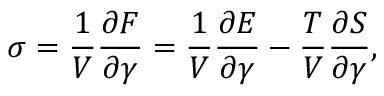
\sigma = \frac { 1 } { V } \frac { \partial F } { \partial \gamma } = \frac { 1 } { V } \frac { \partial E } { \partial \gamma } - \frac { T } { V } \frac { \partial S } { \partial \gamma } ,